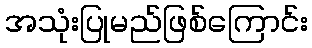
အသုံးပြုမည်ဖြစ်ကြောင်း